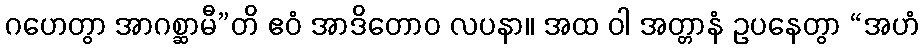
ဂဟေတွာ အာဂစ္ဆာမီ”တိ ဧဝံ အာဒိတောဝ လပနာ။ အထ ဝါ အတ္တာနံ ဥပနေတွာ “အဟံ